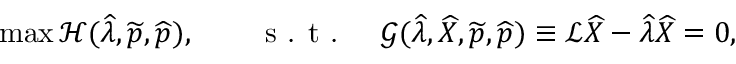
\operatorname* { m a x } \mathcal { H } ( \widehat { \lambda } , \widetilde { \boldsymbol { p } } , \widehat { \boldsymbol { p } } ) , \qquad \textrm { s . t . } \quad \mathcal { G } ( \widehat { \lambda } , \widehat { X } , \widetilde { \boldsymbol { p } } , \widehat { \boldsymbol { p } } ) \equiv \mathcal { L } \widehat { X } - \widehat { \lambda } \widehat { X } = 0 ,